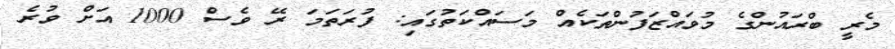
މެރީ ބްރައުންގެ މުވައްޒަފުންތަކެއް މަސައްކަތުގައި: ފުރަތަމަ ރޭ ވެސް 1000 އަށް ވުރެ